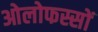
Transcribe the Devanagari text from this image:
ओलोफस्सों